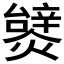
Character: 𤐮